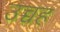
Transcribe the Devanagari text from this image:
उच्चह